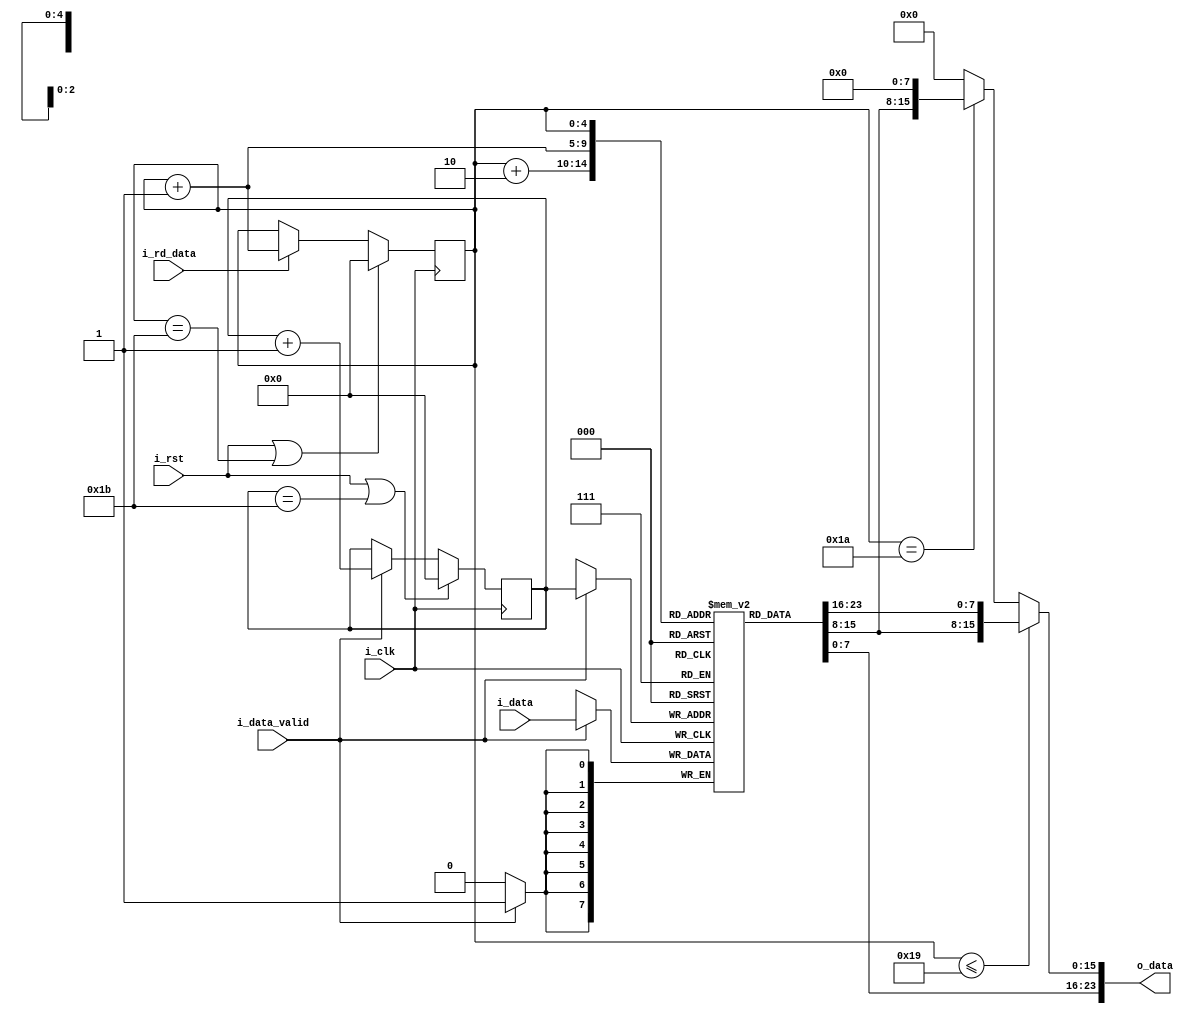
module lineBuffer #(
    parameter F = 28, // feature
    parameter B = 8 // bit size
)(
    input i_clk,
    input i_rst,
    input [B-1:0] i_data,
    input i_data_valid,
    input i_rd_data,
    output [3*B-1:0] o_data
);
    reg [B-1:0] line [F-1:0];
    reg [$clog2(F)-1:0] wrPtr; // for pixel location pointing, write
    reg [$clog2(F)-1:0] rdPtr; // for pixel location pointing, read

    always@(posedge i_clk)begin
        if(i_data_valid)
            line[wrPtr] <= i_data;
    end
    
    always@(posedge i_clk)begin
        if(i_rst | wrPtr == F-1)
            wrPtr <= 'd0;
        else if(i_data_valid)begin
            wrPtr <= wrPtr + 'd1;
        end
    end
    
    assign o_data = rdPtr<=F-3 ? {line[rdPtr], line[rdPtr+1], line[rdPtr+2]} : 
                    rdPtr==F-2 ? {line[rdPtr], line[rdPtr+1], 8'h0} :
                    {line[rdPtr],16'h0};
                    //this is for zero padding, if we want other mathod, we should change this
     // it can be made as sequential by one clk delay but like this comb logic, it can prefatching? what is prefatcing?
    // fifo prefatch, by using comb logic our latency will be zero

    always@(posedge i_clk)begin
        if(i_rst | rdPtr == F-1)
            rdPtr <= 'd0;
        else if(i_rd_data)begin
            rdPtr <= rdPtr + 'd1;
        end
    end

endmodule